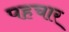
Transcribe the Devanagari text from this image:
पहचार